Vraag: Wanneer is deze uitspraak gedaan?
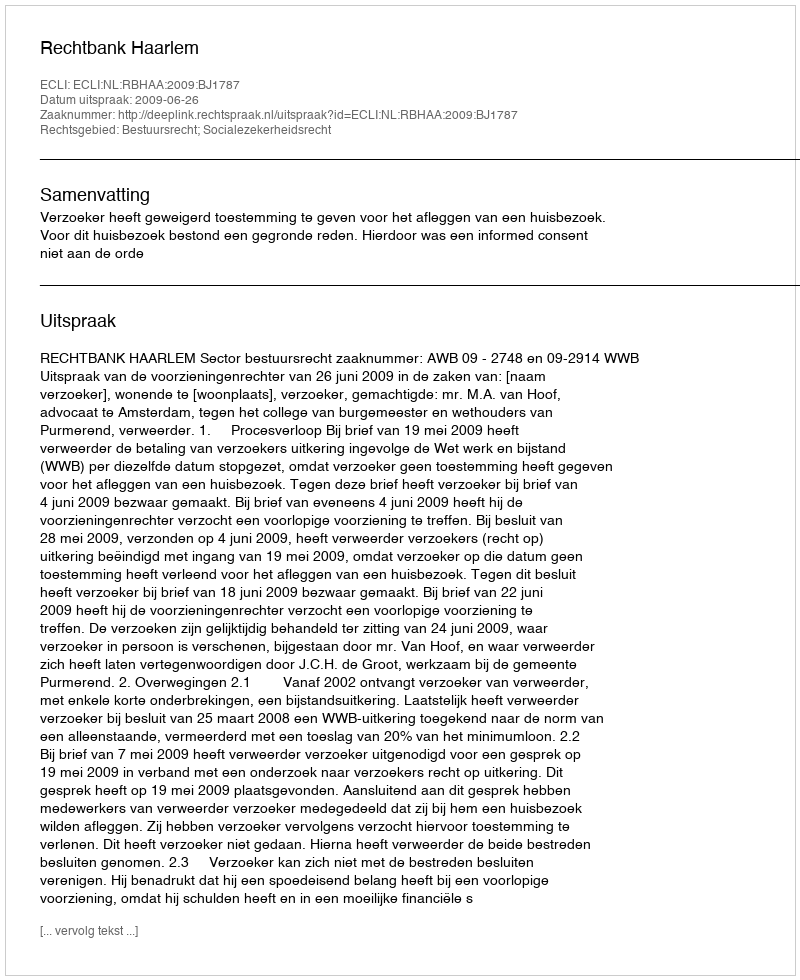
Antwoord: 2009-06-26